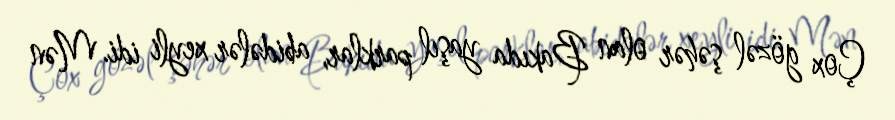
Çox gözəl şəhər olan Bakıda yaşıl parklar, abidələr xeyli idi. Mən